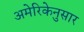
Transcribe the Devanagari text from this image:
अमेरिकेनुसार